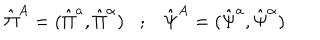
\hat { \Pi } ^ { A } = ( \hat { \Pi } ^ { a } , \hat { \Pi } ^ { \alpha } ) ; \hat { \Psi } ^ { A } = ( \hat { \Psi } ^ { a } , \hat { \Psi } ^ { \alpha } )